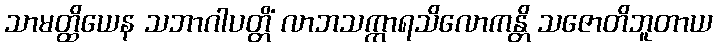
သာမတ္ထိယေန သဘာဂါပတ္တိံ လာဘသက္ကာရသိလောကန္တိ သဇောတိဘူတာယ